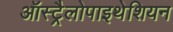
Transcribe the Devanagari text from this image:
ऑस्ट्रैलोपाइथेशियन